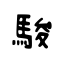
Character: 駿